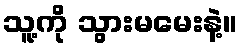
သူ့ကို သွားမမေးနဲ့။